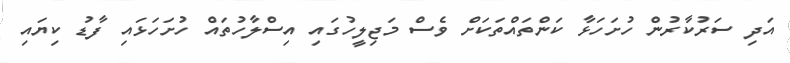
އަދި ސަރުކާރުން ހުށަހަޅާ ކަންތައްތަކަށް ވެސް މަޖިލީހުގައި އިސްލާހުތައް ހުށަހަޅައި ފާޑު ކިޔައި